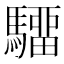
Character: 驑